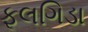
ફૂલગિડા